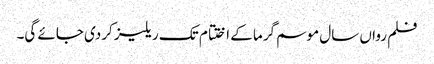
فلم رواں سال موسم گرما کے اختتام تک ریلیز کردی جائے گی۔